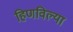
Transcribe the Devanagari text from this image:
हिणविल्या